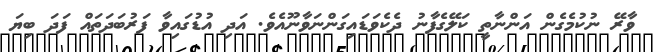
ވާރޭ ނުކުމެގެން އަންނާތީ ކަލޭގެފާނު ދެކެވަޑައިގަންނަވާނޫއެވެ. އަދި އުޑުގައިވާ ފަރުބަދަތައް ފަދަ ބިޔަ